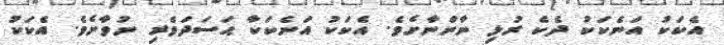
އެކަކު އަނެކަކު ދެކެ ރުޅި ނާންނާށެވެ. އެކަކު އަނެކަކާ ޙަސަދަވެރި ނުވާށެވެ. އެކަކު